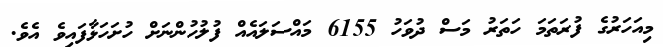
މިއަހަރުގެ ފުރަތަމަ ހަތަރު މަސް ދުވަހު 6155 މައްސަލައެއް ފުލުހުންނަށް ހުށަހަޅާފައިވެ އެވެ.